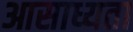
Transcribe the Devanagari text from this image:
आसाध्यता